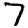
Digit: 7